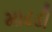
માઢડી